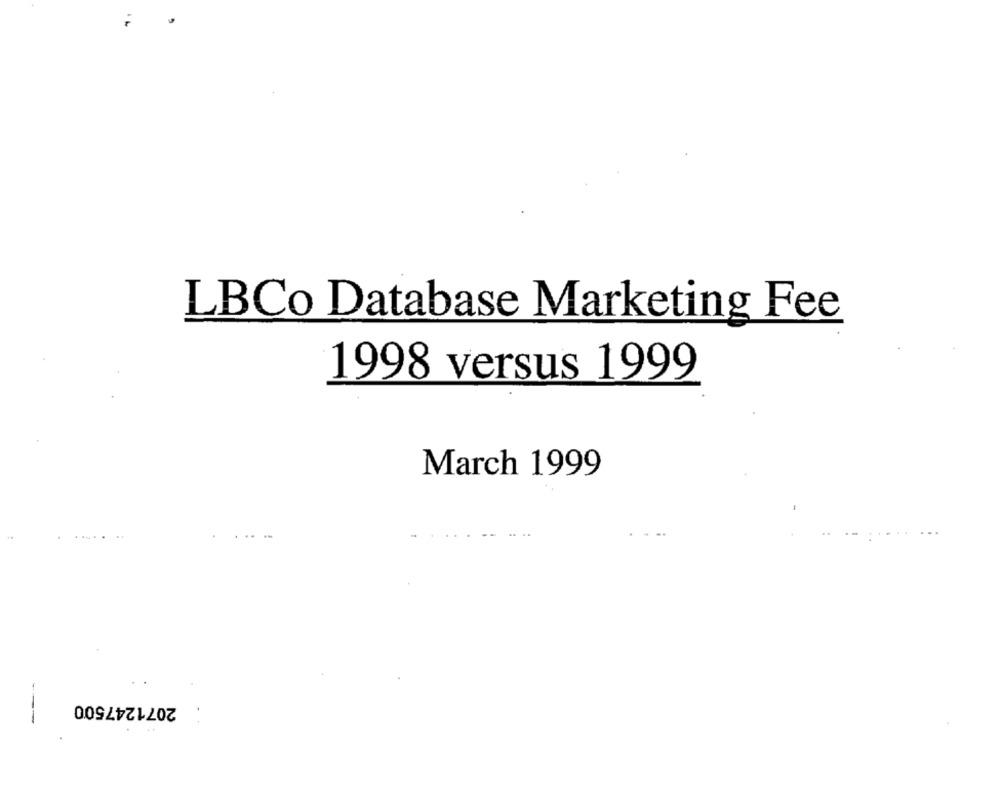
LBCo Database Marketing Fee
1998 versus 1999
March 1999
2071247500